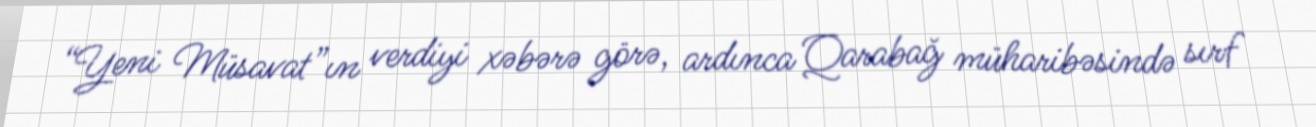
“Yeni Müsavat”ın verdiyi xəbərə görə, ardınca Qarabağ müharibəsində sırf